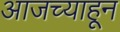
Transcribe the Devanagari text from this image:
आजच्याहून